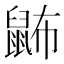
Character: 鿻